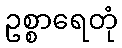
ဥစ္စာရေတုံ